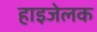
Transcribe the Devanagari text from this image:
हाइजेलक